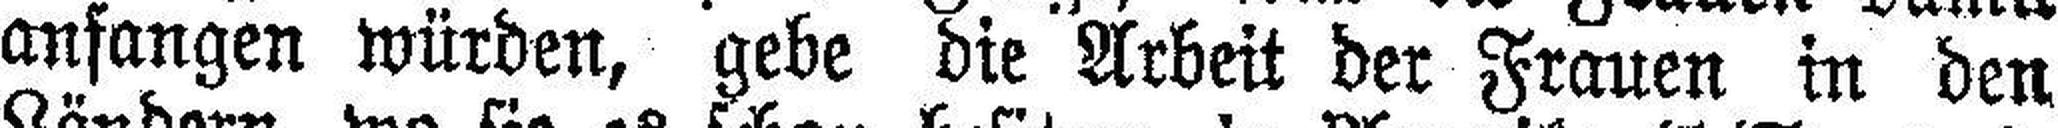
anfangen würden, gebe die Arbeit der Frauen in den